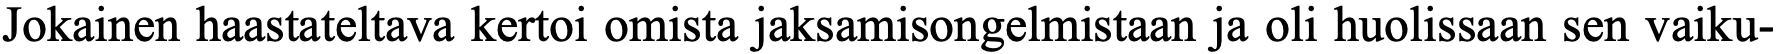
Jokainen haastateltava kertoi omista jaksamisongelmistaan ja oli huolissaan sen vaiku-